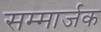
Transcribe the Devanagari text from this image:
सम्मार्जक